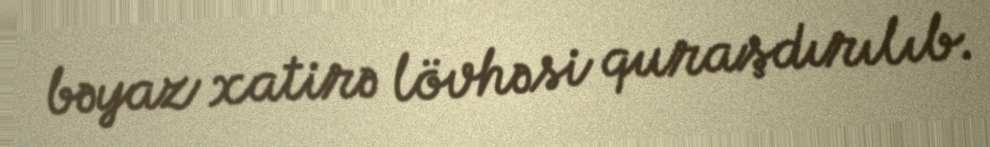
bəyaz xatirə lövhəsi quraşdırılıb.